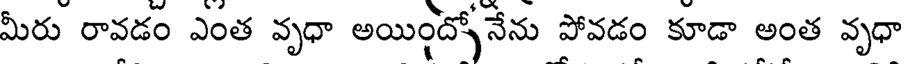
మీరు రావడం ఎంత వృధా అయింద్యోనేను పోవడం కూడా అంత వృధా